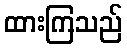
ထားကြသည်